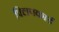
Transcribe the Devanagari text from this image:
फ्लिपकार्ड